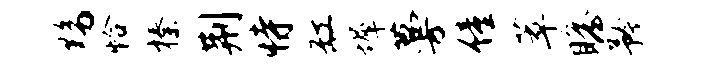
黝恰榛荆恃缸墀蔓僮萃瞻矜